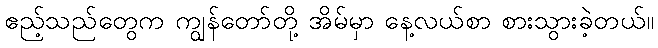
ဧည့်သည်တွေက ကျွန်တော်တို့ အိမ်မှာ နေ့လယ်စာ စားသွားခဲ့တယ်။